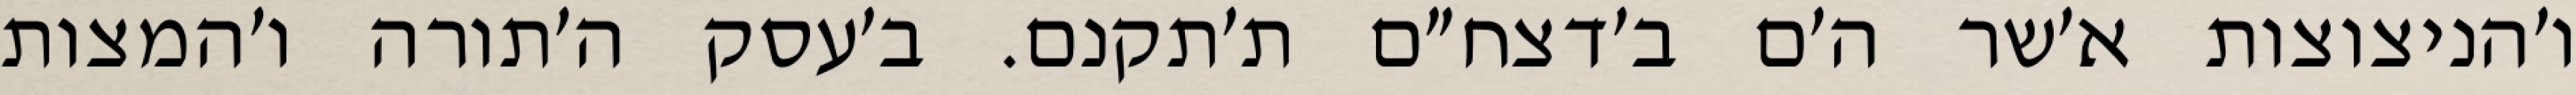
ו׳הניצוצות א׳שר ה׳ם ב׳דצח״ם ת׳תקנם. ב׳עסק ה׳תורה ו׳המצות